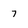
Character: 7